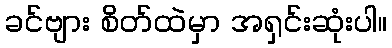
ခင်ဗျား စိတ်ထဲမှာ အရှင်းဆုံးပါ။